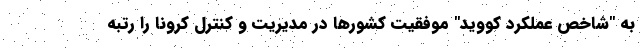
به "شاخص عملکرد کووید" موفقیت کشورها در مدیریت و کنترل کرونا را رتبه